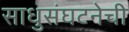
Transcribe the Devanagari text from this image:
साधुसंघटनेची